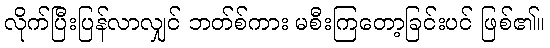
လိုက်ပြီးပြန်လာလျှင် ဘတ်စ်ကား မစီးကြတော့ခြင်းပင် ဖြစ်၏။